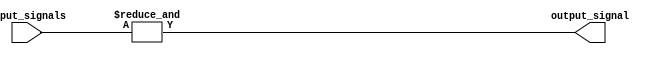
module n_input_and_gate #(
  parameter N = 2
)(
  input [N-1:0] input_signals,
  output output_signal
);

assign output_signal = &input_signals;

endmodule